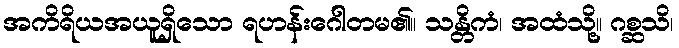
အကိရိယအယူရှိသော ရဟန်းဂေါတမ၏။ သန္တိကံ၊ အထံသို့။ ဂစ္ဆသိ၊